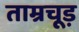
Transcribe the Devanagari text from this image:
ताम्रचूड़